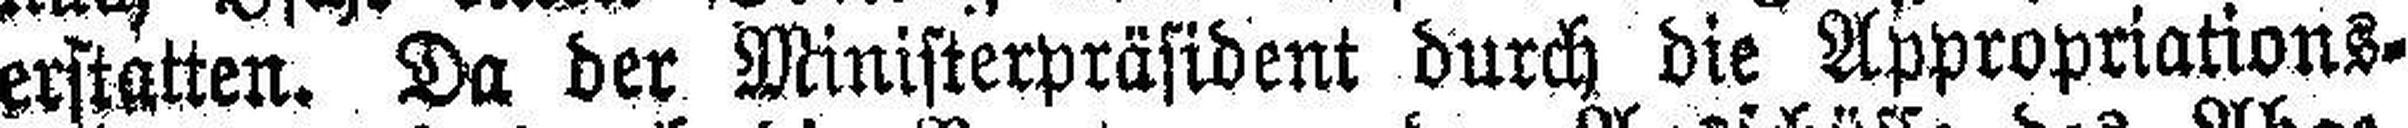
erstatten. Da der Ministerpräsident durch die Appropriations¬